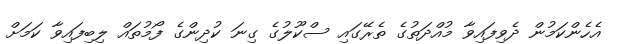
އެހެންކަމުން ދެވިފައިވާ މުއްދަތުގެ ތެރޭގައި ސްކޫލުގެ ގިނަ ކުދިންގެ ފޯމުތައް ލިބިފައިވާ ކަމަށް